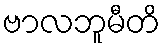
ဗာလဘူမီတိ